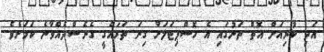
އަދި ކުރިއަށް އޮތް ތަނުގައި އެ ހޮސްޕިޓަލަށް ގިނަ ތަރައްގީ ގެނެސްދެއްވާނެ ކަމަށެވެ.